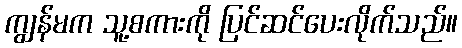
ကျွန်မက သူ့စကားကို ပြင်ဆင်ပေးလိုက်သည်။